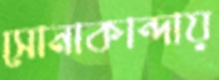
সোনাকান্দায়